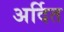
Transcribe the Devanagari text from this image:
अर्दित